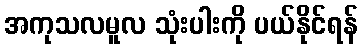
အကုသလမူလ သုံးပါးကို ပယ်နိုင်ရန်